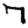
Digit: 7